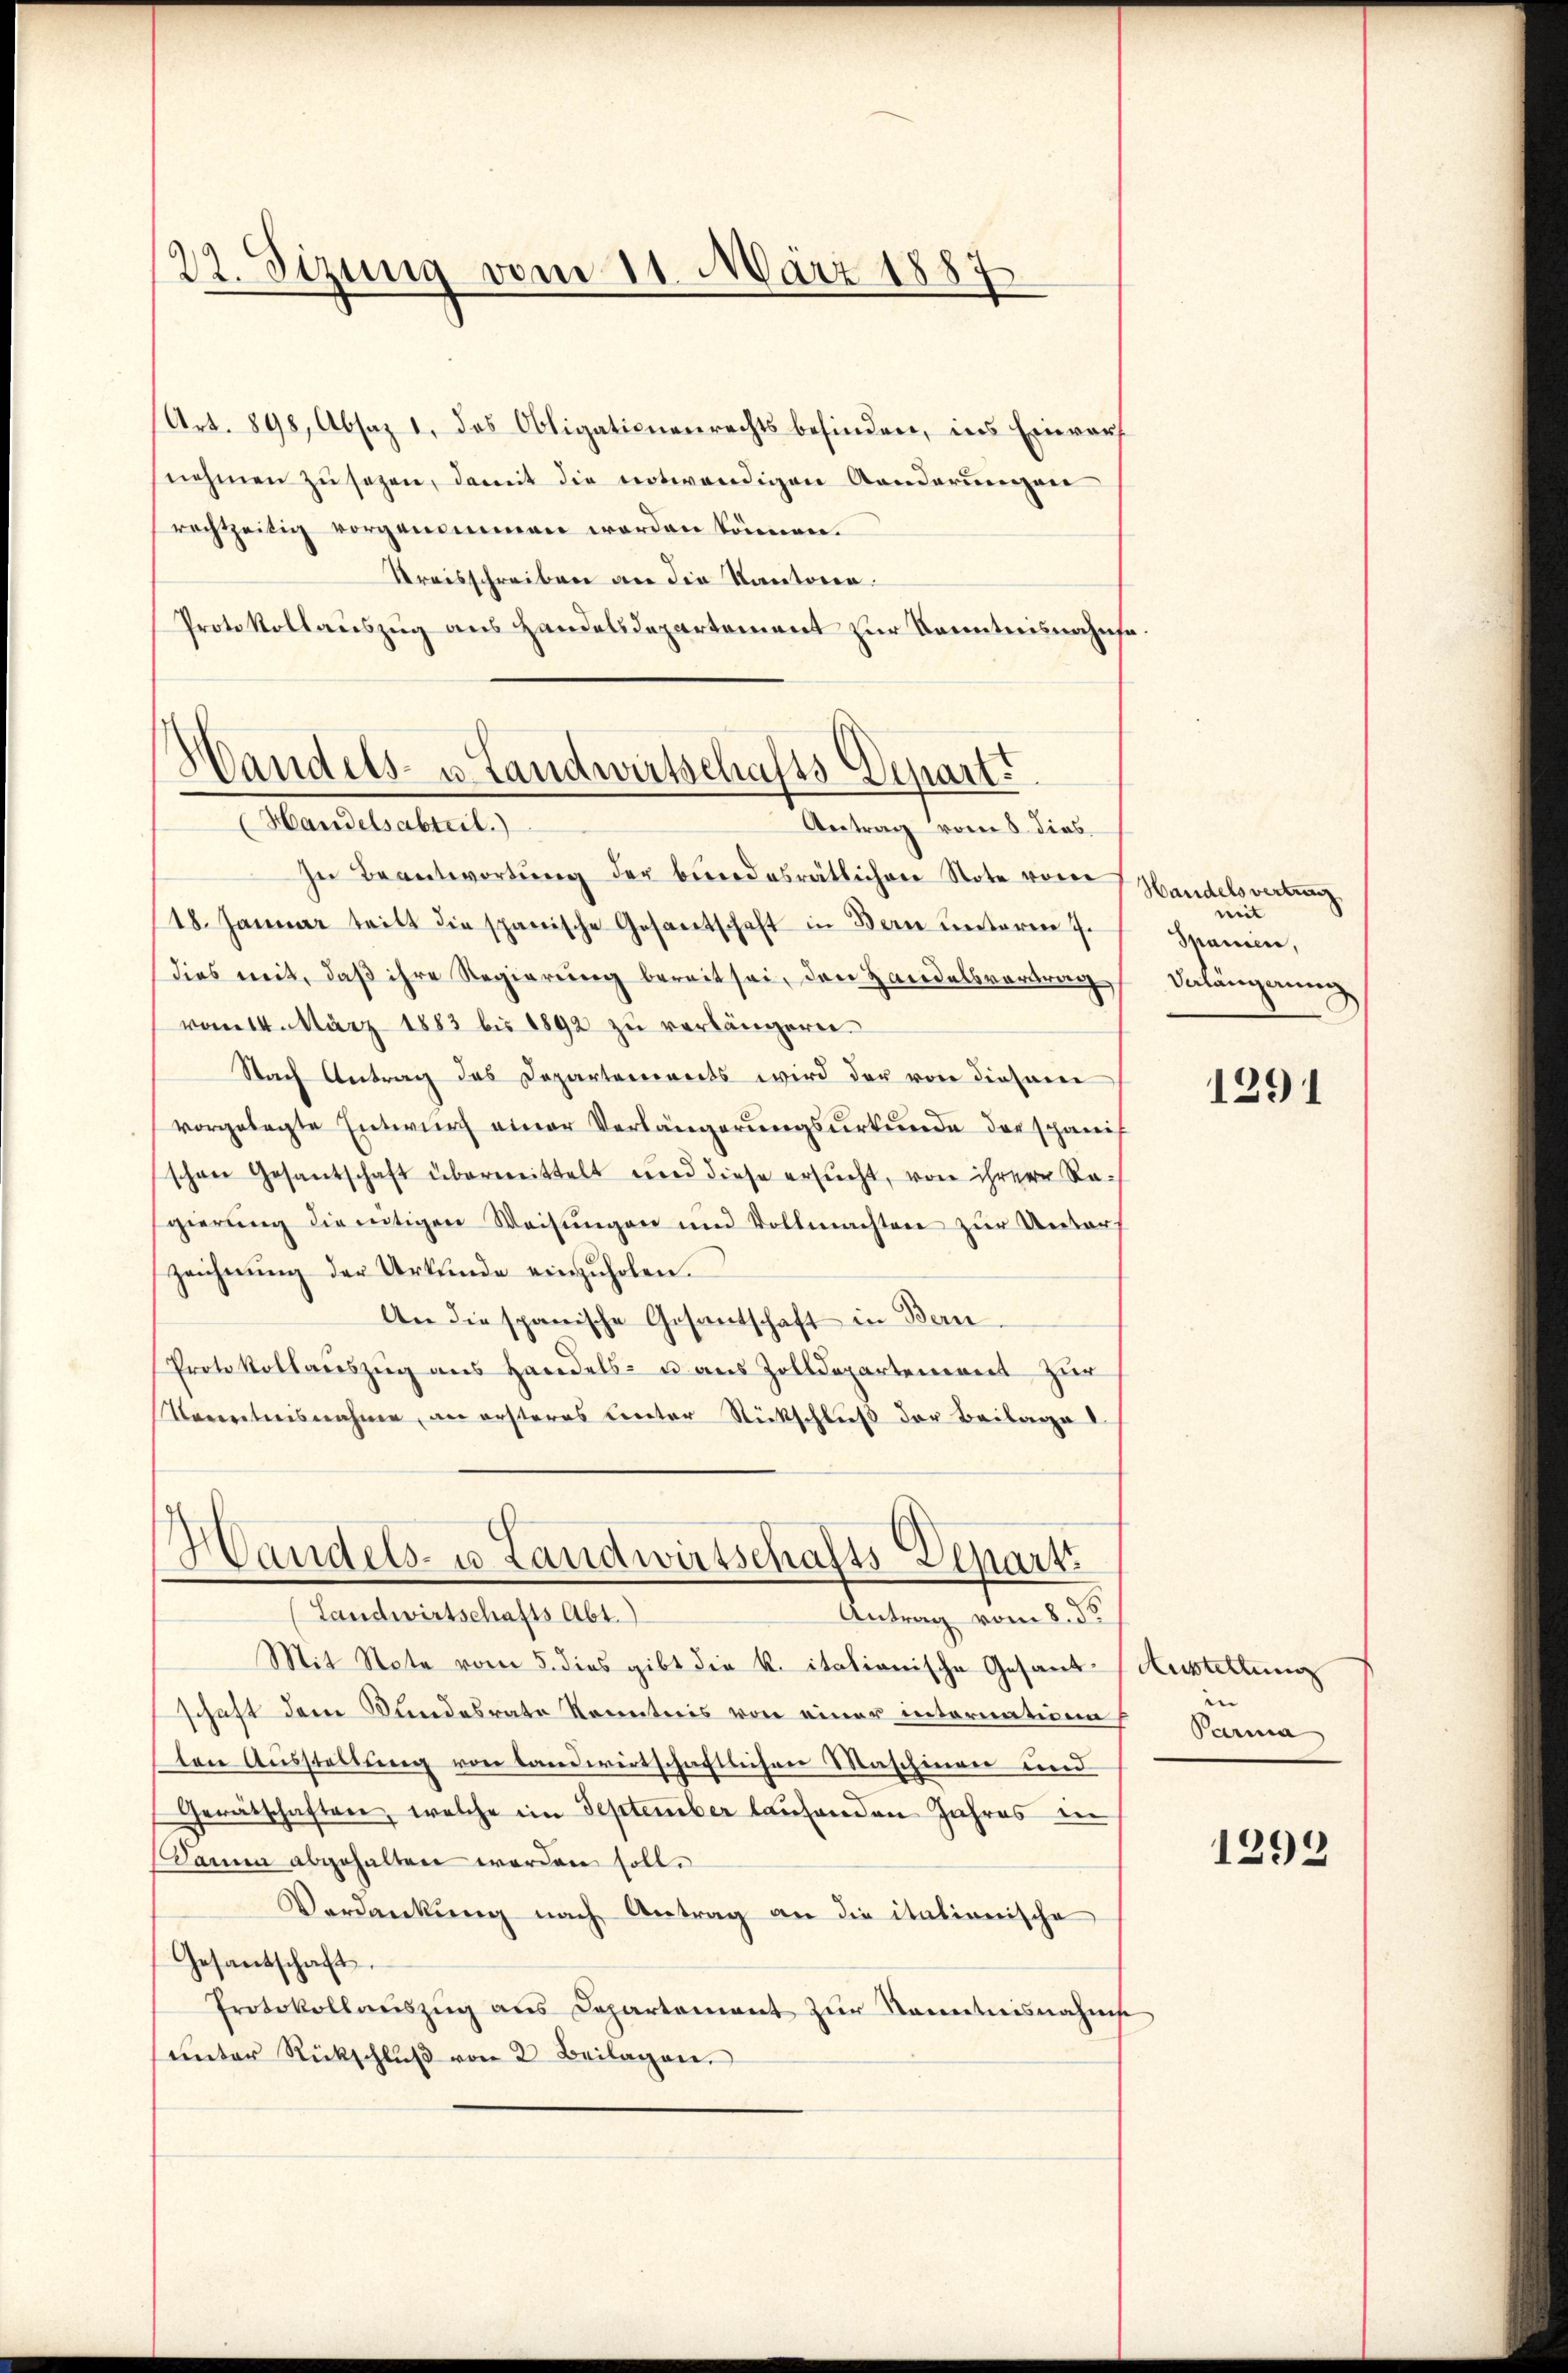
22. Sizung vom 11. März 1887

Art. 898, Absaz 1. das Obligationenrechts befinden, ins Einvers
nehmen zu sezen, damit die notwendigen Aenderungen
rechtzeitig vorgenommen worden können.
Kreisschreiben an die Kantonen.
Protokollauszug aus Handelsdepartement zur Kenntnisnahme.

Handels- u. Landwirtschafts Depart.
Handelsabteil)
Antrag vom 8. dies

Handels- u. Landwirtschafts-Depart

In Beantwortŭng der bundesrätlichen Note vom
18. Januar teilt die spanische Gesantschaft in Bern unterm 7.
dies mit, daß ihre Regierung bereit sei, den Handelsvortrag
vom 14. März 1883 bis 1892 zu verlängern
Nach Antrag des Departenirets wird der von diesem
vorgelegte Entwurf einer Verlängerungsurkunde der spanis
schon Gesantschaft übermittelt und diese ersŭcht, von ihrere Regierung die entigen Weisungen und Vollmachten zur Unter-
zeichnŭng der Urkunde einzuholen.
An die spanische Gesantschaft in Bern
Protokollaŭszŭg ans Handels- u aŭs Zolldepartement zŭr
Naceretweisnahme, an ersteres Crector Rückschluß der Beilage l

(Landwirtschafts Abt.)
Antrag vom 8. ds.
Mit Note vom 5. dies gibt die K. italionische Gesand-Ausstellung
schaft dem Bundesrate Kenntnis von einer intornatione
ten Ausstellung von Landwirtschaftlichen Maschinen und
Gerätschaften, welche im September laufenden Jahres in
Damm abgehalten worden soll.
Verdankŭng nach Antrag an die italienische
Gesandschaft.
Protokollaŭszŭg ans Departement zŭr Kenntnisnahms
ŭnter Rückschlŭβ von 2 Beilagen.

Handelsvertrag
weit
Manien,
Velängerung

1291

|
Parma

1293